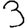
Digit: 3